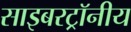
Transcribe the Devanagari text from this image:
साइबरट्राॅनीय